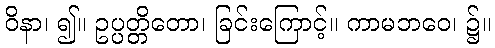
ဝိနာ၊ ၍။ ဥပ္ပတ္တိတော၊ ခြင်းကြောင့်။ ကာမဘဝေ၊ ၌။